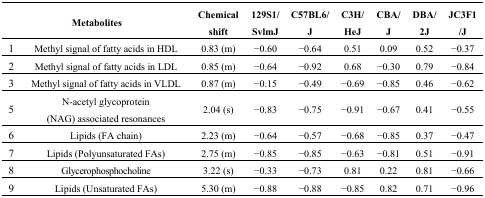
<table><thead><tr><td colspan="2"><b>Metabolites</b></td><td><b>Chemical shift</b></td><td><b>129S1/SvlmJ</b></td><td><b>C57BL6/J</b></td><td><b>C3H/HeJ</b></td><td><b>CBA/J</b></td><td><b>DBA/2J</b></td><td><b>JC3F1/J</b></td></tr></thead><tbody><tr><td>1</td><td>Methyl signal of fatty acids in HDL</td><td>0.83 (m)</td><td>−0.60</td><td>−0.64</td><td>0.51</td><td>0.09</td><td>0.52</td><td>−0.37</td></tr><tr><td>2</td><td>Methyl signal of fatty acids in LDL</td><td>0.85 (m)</td><td>−0.64</td><td>−0.92</td><td>0.68</td><td>−0.30</td><td>0.79</td><td>−0.84</td></tr><tr><td>3</td><td>Methyl signal of fatty acids in VLDL</td><td>0.87 (m)</td><td>−0.15</td><td>−0.49</td><td>−0.69</td><td>−0.85</td><td>0.46</td><td>−0.62</td></tr><tr><td>5</td><td>N-acetyl glycoprotein(NAG) associated resonances</td><td>2.04 (s)</td><td>−0.83</td><td>−0.75</td><td>−0.91</td><td>−0.67</td><td>0.41</td><td>−0.55</td></tr><tr><td>6</td><td>Lipids (FA chain)</td><td>2.23 (m)</td><td>−0.64</td><td>−0.57</td><td>−0.68</td><td>−0.85</td><td>0.37</td><td>−0.47</td></tr><tr><td>7</td><td>Lipids (Polyunsaturated FAs)</td><td>2.75 (m)</td><td>−0.85</td><td>−0.85</td><td>−0.63</td><td>−0.81</td><td>0.51</td><td>−0.91</td></tr><tr><td>8</td><td>Glycerophosphocholine</td><td>3.22 (s)</td><td>−0.33</td><td>−0.73</td><td>0.81</td><td>0.22</td><td>0.81</td><td>−0.66</td></tr><tr><td>9</td><td>Lipids (Unsaturated FAs)</td><td>5.30 (m)</td><td>−0.88</td><td>−0.88</td><td>−0.85</td><td>0.82</td><td>0.71</td><td>−0.96</td></tr></tbody></table>